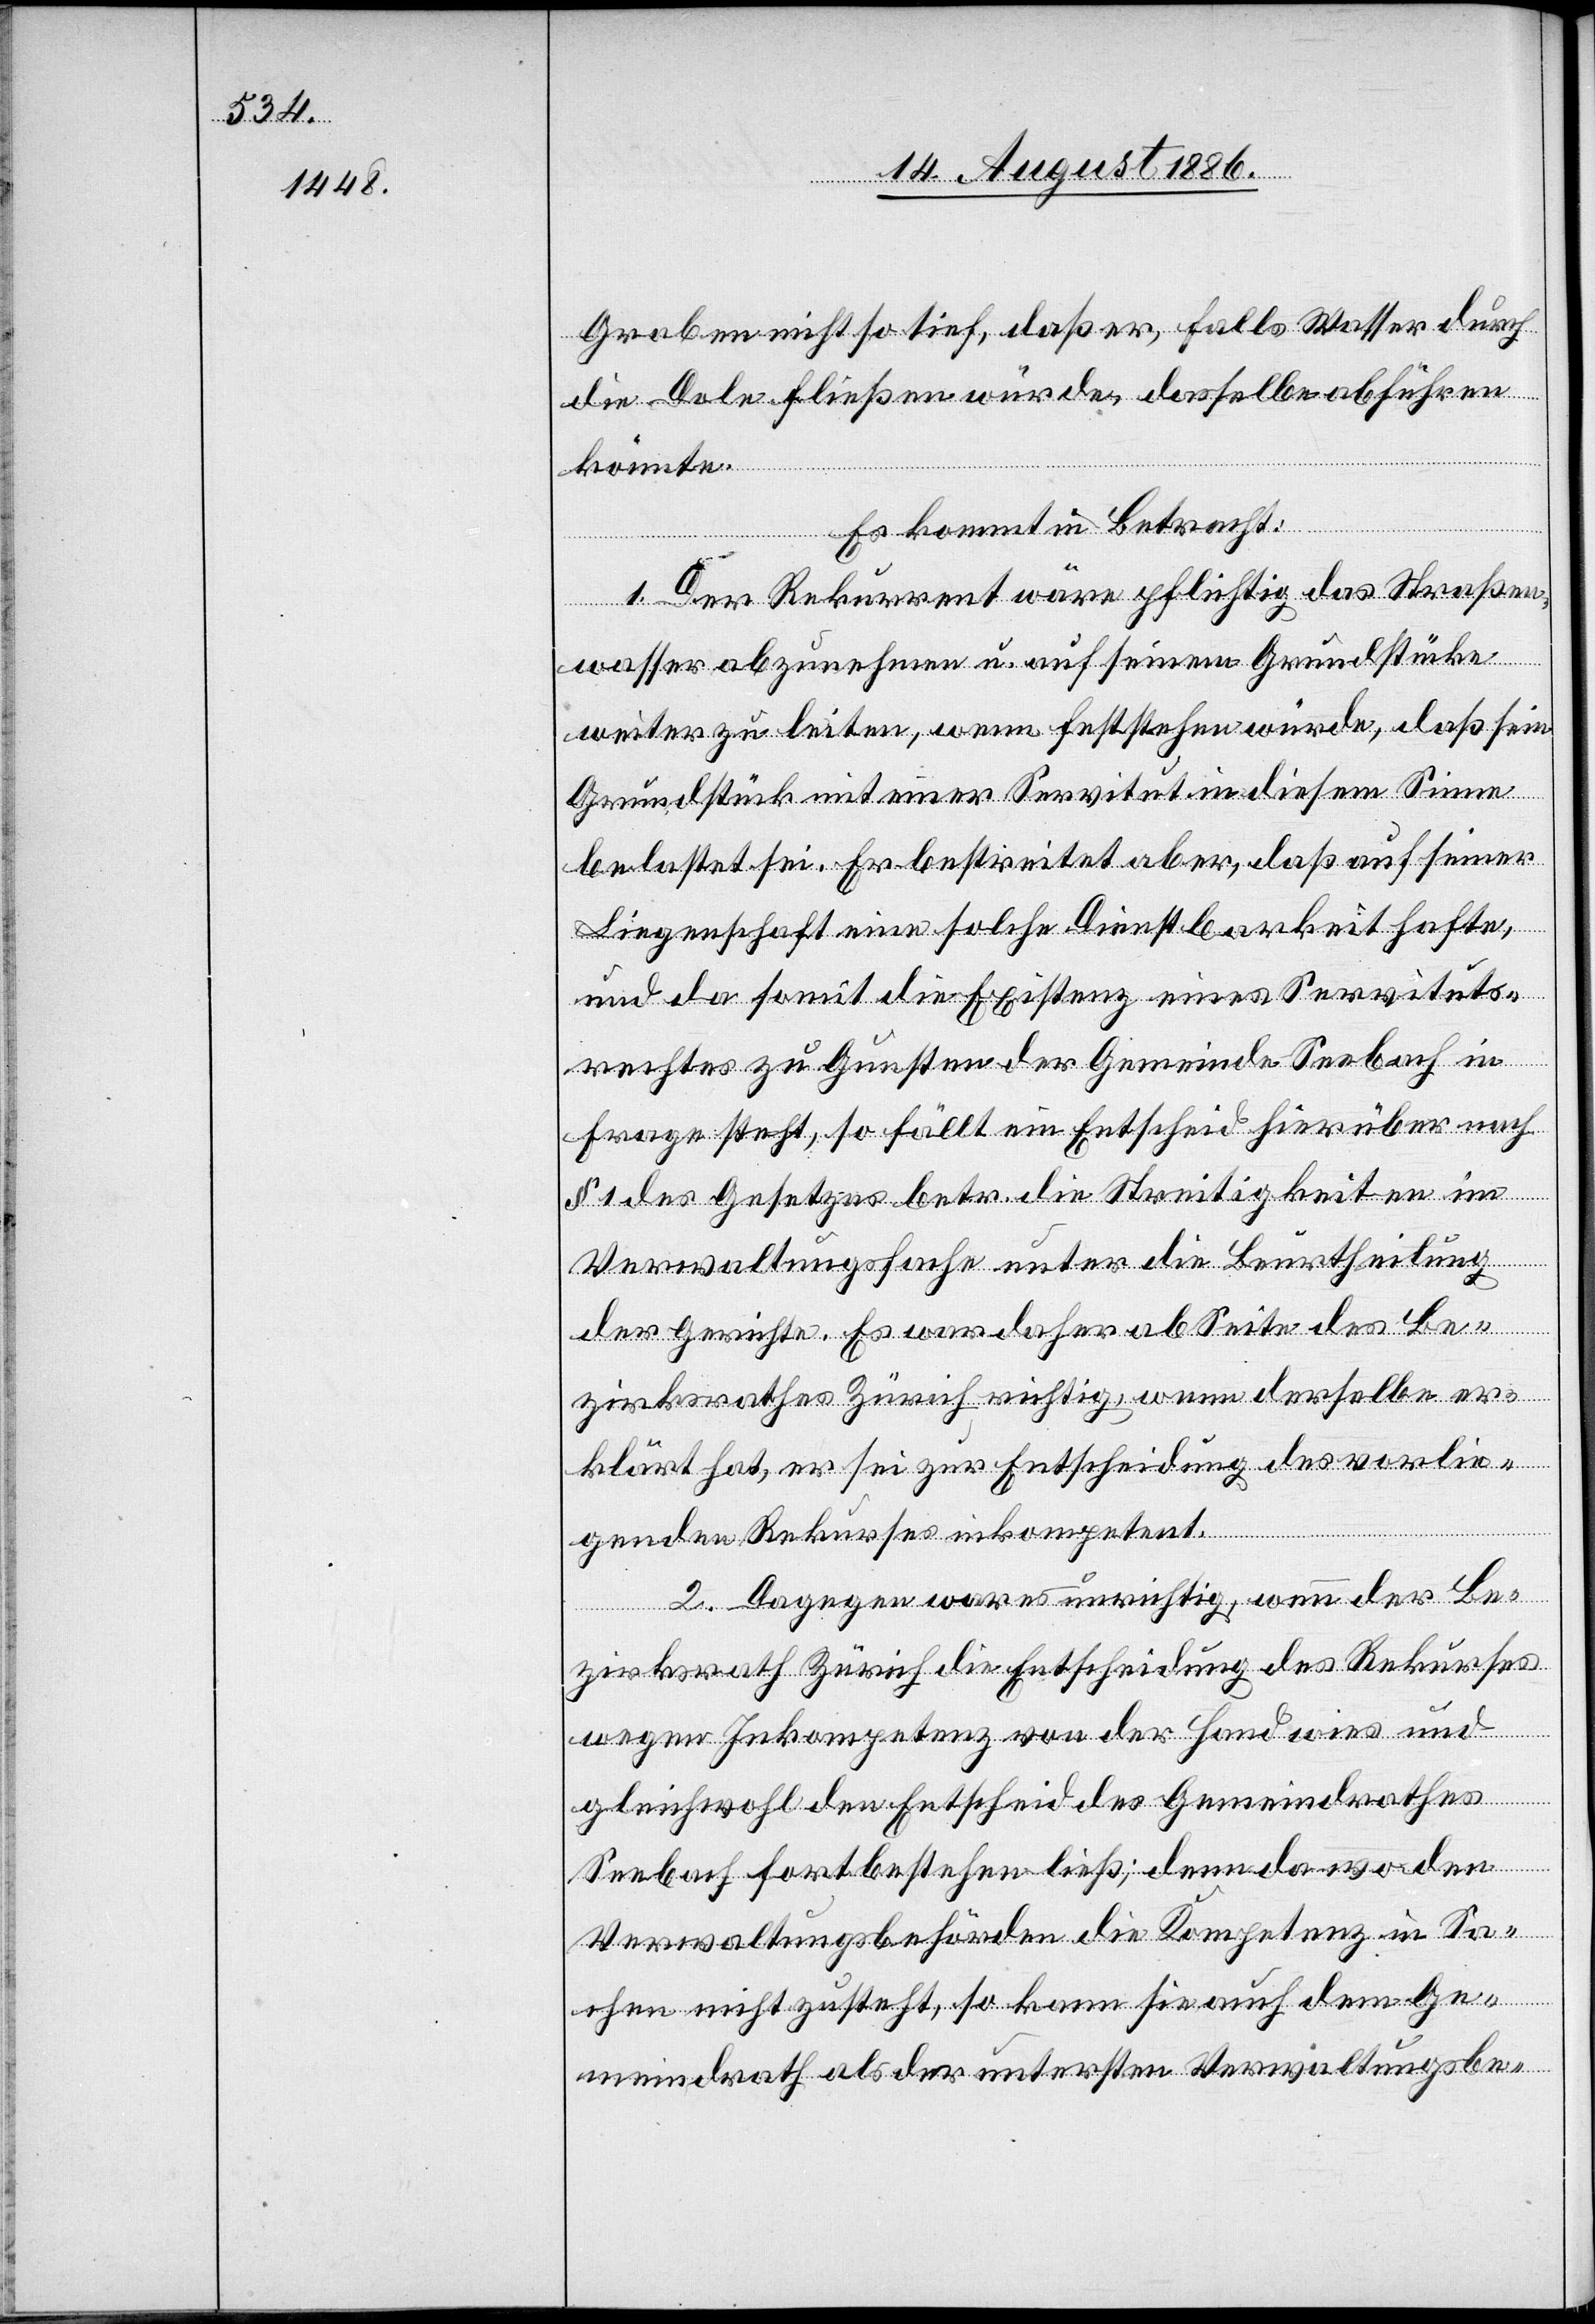
Graben nicht so tief, daß er, falls Wasser durch
die Dole fließen würde, dasselbe abführen
könnte.
Es kommt in Betracht:
1. Der Rekurrent wäre pflichtig das Straßen¬
wasser abzunehmen u. auf seinem Grundstücke
weiter zu leiten, wenn feststehen würde, daß sein
Grundstück mit einer Servitut in diesem Sinne
belastet sei. Er bestreitet aber, daß auf seiner
Liegenschaft eine solche Dienstbarkeit hafte,
und da somit die Existenz eines Servituts¬
rechtes zu Gunsten der Gemeinde Seebach in
Frage steht, so fällt ein Entscheid hierüber nach
§ 1 des Gesetzes betr. die Streitigkeit im
Verwaltungsfache unter die Beurtheilung
der Gerichte. Es war daher ab Seite des Be¬
zirksrathes Zürich richtig, wenn derselbe er¬
klärt hat, er sei zur Entscheidung des vorlie¬
genden Rekurses inkompetent.
2. Dagegen war es unrichtig, wenn der Be¬
zirksrath Zürich die Entscheidung des Rekurses
wegen Inkompetenz von der Hand wies und
gleichwohl den Entscheid des Gemeindrathes
Seebach fortbestehen ließ; denn da wo den
Verwaltungsbehörden die Kompetenz in Sa¬
chen nicht zusteht, so kann sie auch dem Ge¬
meindrath als der untersten Verwaltungsbe-